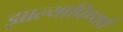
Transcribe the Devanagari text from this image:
झाल्याप्रिथ्यर्थ